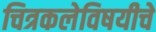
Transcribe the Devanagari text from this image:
चित्रकलेविषयीचे